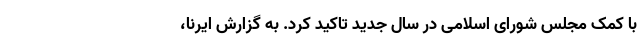
با کمک مجلس شورای اسلامی در سال جدید تاکید کرد. به گزارش ایرنا، ‌